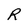
Character: R